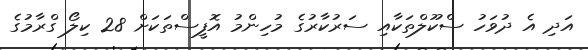
އަދި އެ ދުވަހު ސްކޫލްތަކާއި ސަރުކާރުގެ މުހިންމު އޮފީސްތަކަށް 28 ކިލޯ ގްރާމުގެ